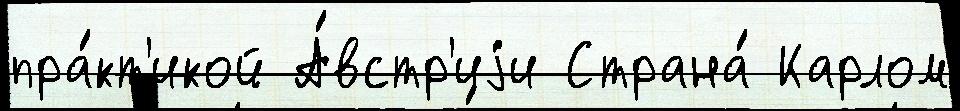
пра́кт'икой А́встр'иjи Страна́ Карлом